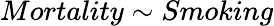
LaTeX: Mortality\sim Smoking